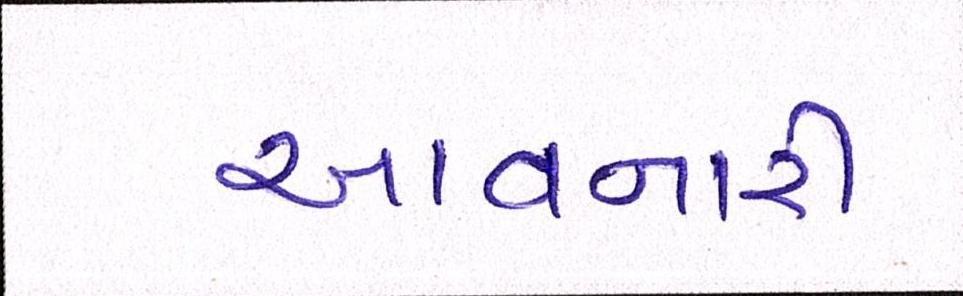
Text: આવનારી